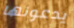
يدعونها